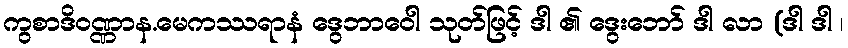
ကွစာဒိဝဏ္ဏာန.မေကဿရာနံ ဒွေဘာဝေါ သုတ်ဖြင့် ဒါ ၏ ဒွေးဘော် ဒါ လာ (ဒါ ဒါ ၊